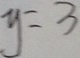
y = 3